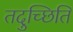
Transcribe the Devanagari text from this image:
तदुच्छिति